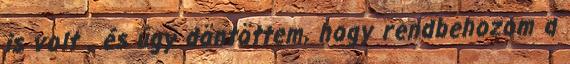
is volt , és úgy döntöttem, hogy rendbehozom a